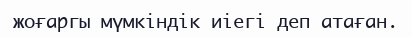
жоғаргы мүмкіндік иіегі деп атаған.